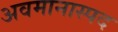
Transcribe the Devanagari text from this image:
अवमानास्पद